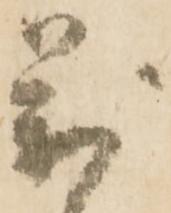
萬